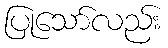
ပြုသော်လည်း